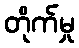
တိုက်မှု